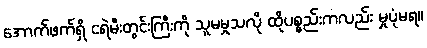
အောက်ဖက်ရှိ ငရဲမီးတွင်းကြီးကို သူမမှုသလို ထိုပစ္စည်းကလည်း မှုပုံမရ။